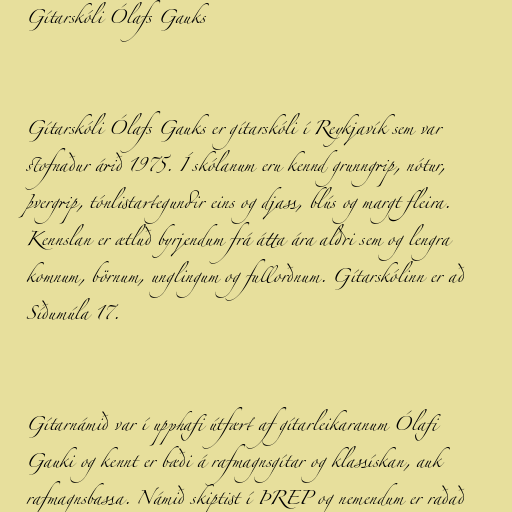
Gítarskóli Ólafs Gauks

Gítarskóli Ólafs Gauks er gítarskóli í Reykjavík sem var
stofnaður árið 1975. Í skólanum eru kennd grunngrip, nótur,
þvergrip, tónlistartegundir eins og djass, blús og margt fleira.
Kennslan er ætluð byrjendum frá átta ára aldri sem og lengra
komnum, börnum, unglingum og fullorðnum. Gítarskólinn er að
Síðumúla 17.

Gítarnámið var í upphafi útfært af gítarleikaranum Ólafi
Gauki og kennt er bæði á rafmagnsgítar og klassískan, auk
rafmagnsbassa. Námið skiptist í ÞREP og nemendum er raðað